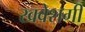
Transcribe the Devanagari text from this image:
खवेशगी